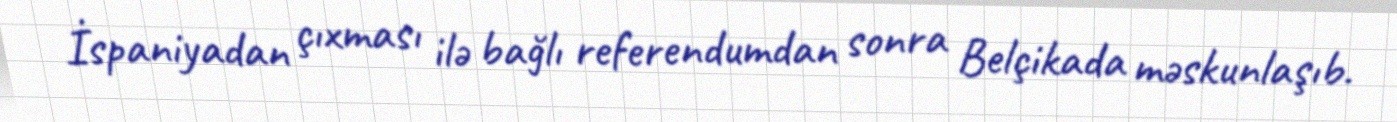
İspaniyadan çıxması ilə bağlı referendumdan sonra Belçikada məskunlaşıb.